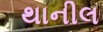
થાનીલ